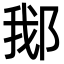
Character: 𬪂